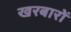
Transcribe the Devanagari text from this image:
खरबारों